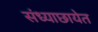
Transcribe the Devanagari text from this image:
संध्याछायेत